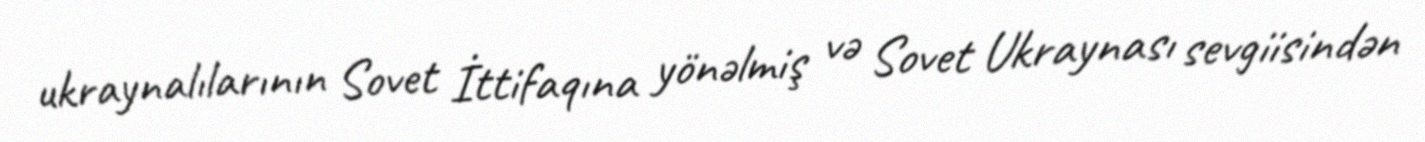
ukraynalılarının Sovet İttifaqına yönəlmiş və Sovet Ukraynası sevgiisindən